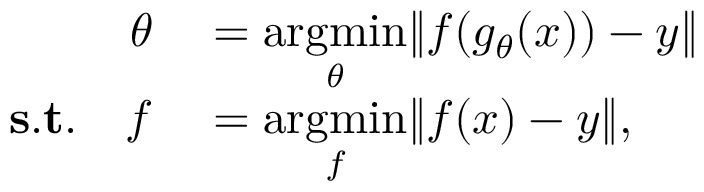
\begin{array} { r l } { \theta } & { { } = \underset { \theta } { \operatorname { a r g m i n } } \| f ( g _ { \theta } ( x ) ) - y \| } \\ { \mathbf { s . t . } \quad f } & { { } = \underset { f } { \operatorname { a r g m i n } } \| f ( x ) - y \| , } \end{array}